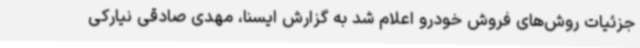
جزئیات روش‌های فروش خودرو اعلام شد به گزارش ایسنا، مهدی صادقی نیارکی